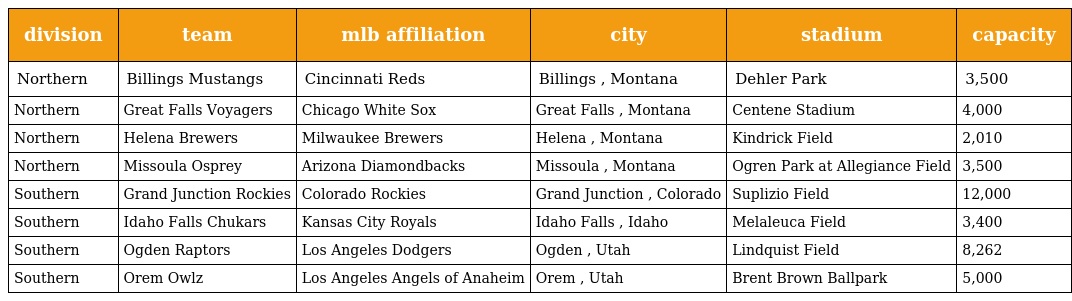
| division | team | mlb affiliation | city | stadium | capacity |
 | --- | --- | --- | --- | --- | --- |
 | Northern | Billings Mustangs | Cincinnati Reds | Billings , Montana | Dehler Park | 3,500 |
 | Northern | Great Falls Voyagers | Chicago White Sox | Great Falls , Montana | Centene Stadium | 4,000 |
 | Northern | Helena Brewers | Milwaukee Brewers | Helena , Montana | Kindrick Field | 2,010 |
 | Northern | Missoula Osprey | Arizona Diamondbacks | Missoula , Montana | Ogren Park at Allegiance Field | 3,500 |
 | Southern | Grand Junction Rockies | Colorado Rockies | Grand Junction , Colorado | Suplizio Field | 12,000 |
 | Southern | Idaho Falls Chukars | Kansas City Royals | Idaho Falls , Idaho | Melaleuca Field | 3,400 |
 | Southern | Ogden Raptors | Los Angeles Dodgers | Ogden , Utah | Lindquist Field | 8,262 |
 | Southern | Orem Owlz | Los Angeles Angels of Anaheim | Orem , Utah | Brent Brown Ballpark | 5,000 |